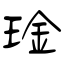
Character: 琻